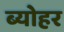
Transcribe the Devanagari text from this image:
ब्योहर